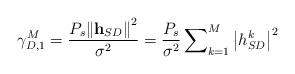
LaTeX: \begin{align*}{\gamma _{D,1}^M} = \frac{{{P_s}{{\left\| {{{\bf{h}}_{SD}}} \right\|}^2}}}{{{\sigma ^2}}} = \frac{{{P_s}}}{{{\sigma ^2}}}\sum\nolimits_{k = 1}^M {{{\left| {h_{SD}^k} \right|}^2}}\end{align*}